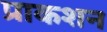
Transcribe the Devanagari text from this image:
प्राकशन